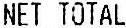
NET TOTAL